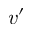
v ^ { \prime }